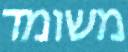
משומד